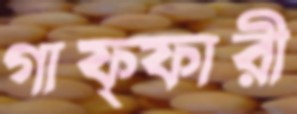
গাফ্ফারী